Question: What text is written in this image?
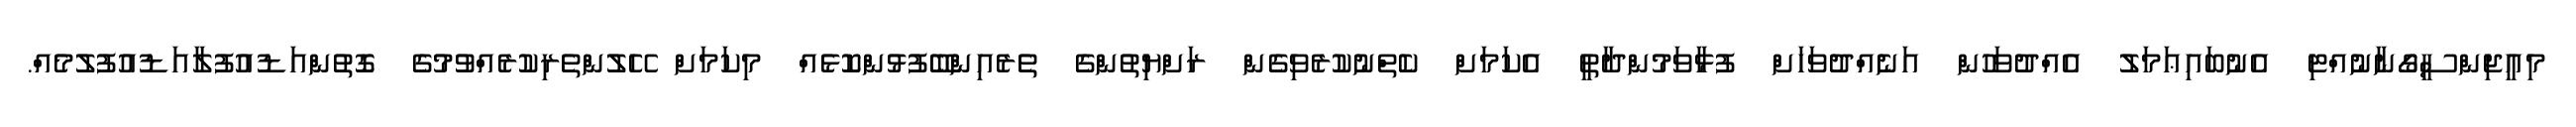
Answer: މިއީޖިންސީގޯނާނުއްޓި އެނުބައިޢަމަލު އެއްދުވަހުން އަނެއްދުވަހަށް ފުޅާވަމުންދާތީ އެކަމަށް ކެތްނުކުރެވިގެން ރަށްޔިތުންގެ ތެރެއިންބޭފުޅުންކޮޅެއް މިކަމަށް ހޭލުންތެރިކުރެއްވުމުގެ ގޮތުންއަޑުއުފުލާއަޑުއުފުލުމެއް.